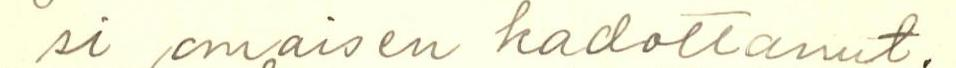
si omaisen kadottanut.